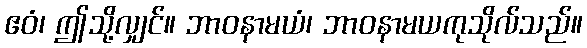
ဧဝံ၊ ဤသို့လျှင်။ ဘာဝနာမယံ၊ ဘာဝနာမယကုသိုလ်သည်။